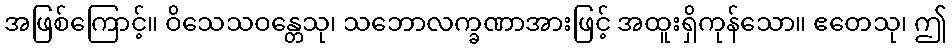
အဖြစ်ကြောင့်။ ဝိသေသဝန္တေသု၊ သဘောလက္ခဏာအားဖြင့် အထူးရှိကုန်သော။ ဧတေသု၊ ဤ